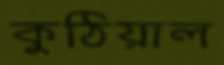
কুঠিয়াল